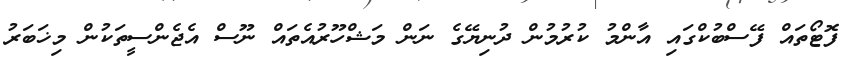
ފޮޓޯތައް ފޭސްބުކްގައި އާންމު ކުރުމުން ދުނިޔޭގެ ނަން މަޝްހޫރުއެތައް ނޫސް އެޖެންސީތަކުން މިޚަބަރު